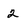
Character: 2